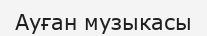
Ауған музыкасы